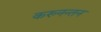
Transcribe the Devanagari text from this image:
करुनन्तन